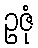
ဥဇုံ